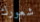
شعورك